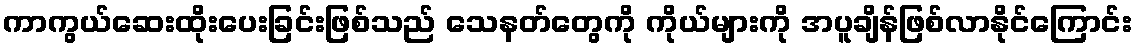
ကာကွယ်ဆေးထိုးပေးခြင်းဖြစ်သည် သေနတ်တွေကို ကိုယ်များကို အပူချိန်ဖြစ်လာနိုင်ကြောင်း